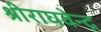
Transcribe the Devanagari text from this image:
श्रीराघवेन्द्र